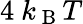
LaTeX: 4\mathrm{~}k_{\mathrm{~B~}}T